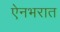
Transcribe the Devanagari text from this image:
ऐनभरात